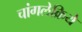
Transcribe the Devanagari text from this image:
चांगलेक्रिये